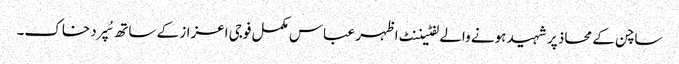
ساچن کے محاذ پر شہید ہونے والے لفٹیننٹ اظہر عباس مکمل فوجی اعزاز کے ساتھ سُپرد خاک۔